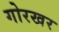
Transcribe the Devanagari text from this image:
गोरखर